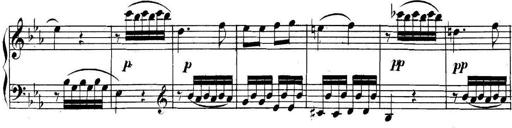
Title: Collected Piano Sonatas
Composer: Muzio Clementi